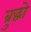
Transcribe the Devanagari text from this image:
ब्रुद्धो